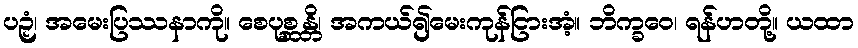
ပဉှံ၊ အမေးပြဿနာကို။ စေပုစ္ဆန္တိ၊ အကယ်၍မေးကုန်ငြားအံ့။ ဘိက္ခဝေ၊ ရန်ဟတို့။ ယထာ